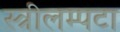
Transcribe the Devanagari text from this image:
स्त्रीलम्पटा